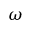
\omega